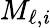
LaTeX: M_{\ell,\mathit{i}}